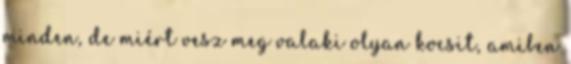
minden, de miért vesz meg valaki olyan kocsit, amiben